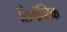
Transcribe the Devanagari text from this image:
सिमॅन्टिक